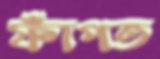
ফাঁপত